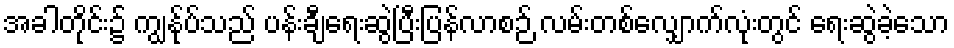
အခါတိုင်း၌ ကျွန်ုပ်သည် ပန်းချီရေးဆွဲပြီးပြန်လာစဉ် လမ်းတစ်လျှောက်လုံးတွင် ရေးဆွဲခဲ့သော